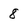
Character: 8